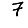
Digit: 7